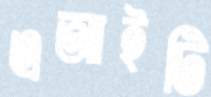
এআইটি